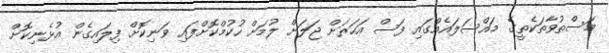
މަސްތުވާތަކެތީގެ މައްސަލައެއްގައި ފަސް އަހަރަށް ޖަލަށް ލުމަށް ހުކުމްކޮށްފައި ވަނިކޮށް ފިލައިގެން އުޅެނިކޮށް